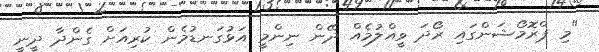
"މި ޕްރޮމޯޝަންގައި ރޯދަ ވީއްލުމެއް ދޭން ނިންމީ އަޅުގަނޑުމެން ކުރިއަށް ގެންދާ ދީނީ